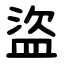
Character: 盜